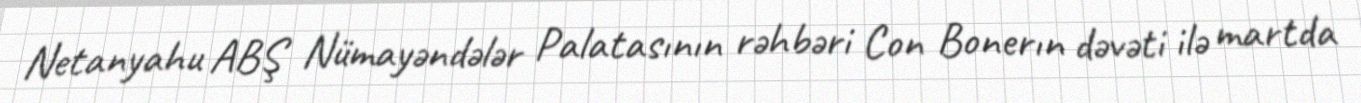
Netanyahu ABŞ Nümayəndələr Palatasının rəhbəri Con Bonerın dəvəti ilə martda